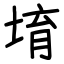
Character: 堉